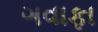
ગવાફા